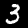
Label: 3